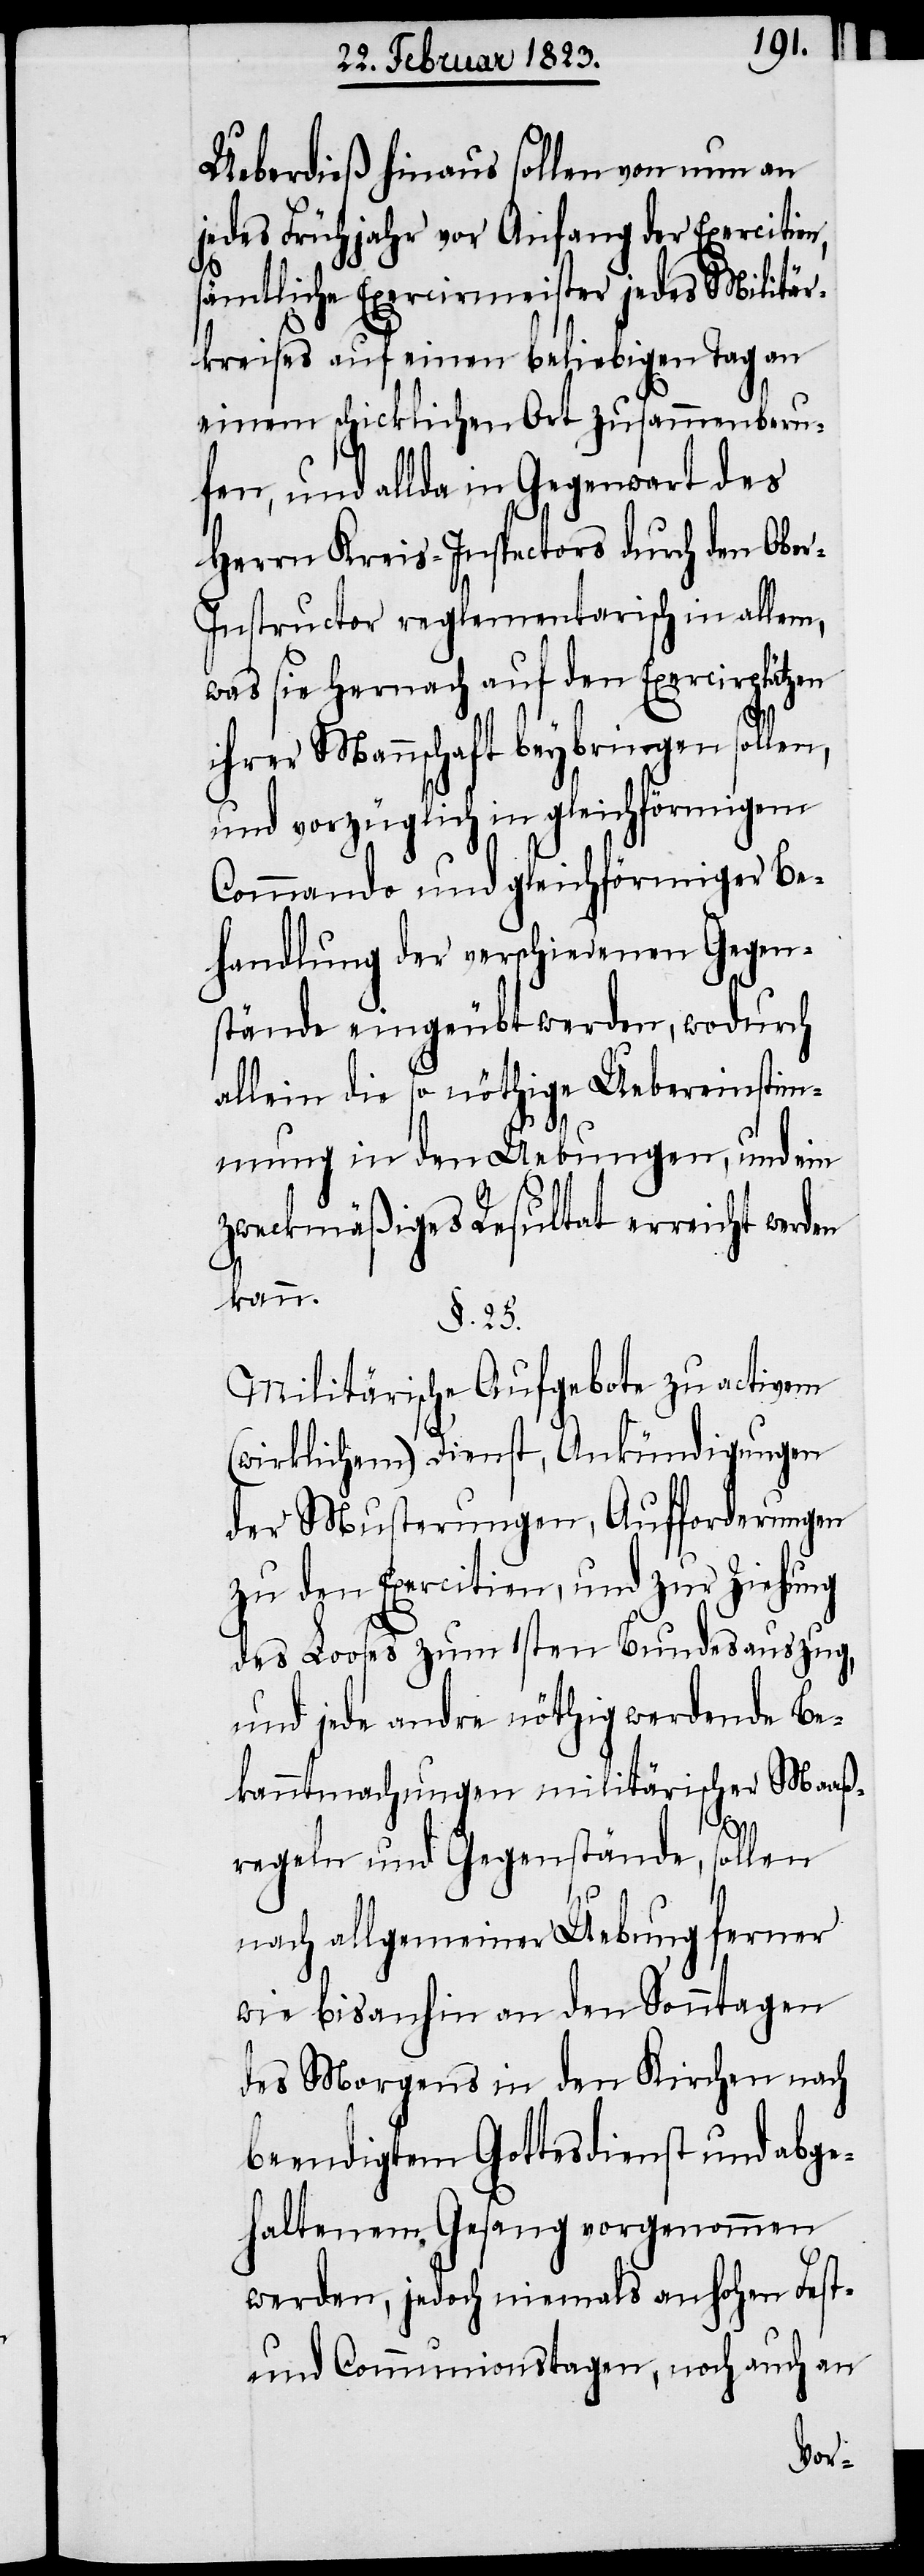
Ueberdieß hinaus sollen von nun an
jedes Frühjahr vor Anfang der Exercitien,
sämtliche Exercirmeister jedes Militär¬
kreises auf einen beliebigen Tag an
einem schicklichen Ort zusammenberu¬
fen, und allda in Gegenwart des
Herrn Kreis-Inspectors durch den Obe¬
r-Instructor reglementarisch in allem,
was sie Hernach auf den Exercirplätzen
ihrer Mannschaft beybringen sollen,
und vorzüglich in gleichförmigem
Commando und gleichförmiger Be¬
handlung der verschiedenen Gegen¬
stände eingeübt werden, wodurch
allein die so nöthige Uebereinstim¬
mung in den Uebungen, und ein
zweckmäßiges Resultat erreicht werden
kann.
§. 25.
Militärische Aufgebote zu activem
(wirklichem) Dienst, Ankündigungen
der Musterungen, Aufforderungen
zu den Exercitien, und zur Ziehung
des Looses zum 1sten Bundesauszug,
und jede andre nöthig werdende Be¬
kanntmachungen militärischer Maaß¬
regeln und Gegenstände, sollen
nach allgemeiner Uebung ferner
wie bisanhin an den Sonntagen
des Morgens in den Kirchen nach
beendigtem Gottesdienst und abge¬
haltenem Gesang vorgenommen
werden, jedoch niemals an hohen Fest-
und Communionstagen, noch auch an